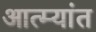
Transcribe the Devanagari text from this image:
आत्म्यांत